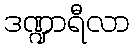
ဒဏ္ဍာရီလာ